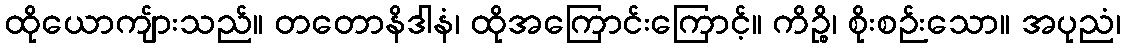
ထိုယောကျ်ားသည်။ တတောနိဒါနံ၊ ထိုအကြောင်းကြောင့်။ ကိဉ္စိ၊ စိုးစဉ်းသော။ အပုညံ၊